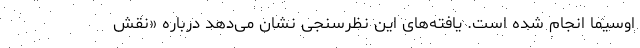
اوسیما انجام شده است. یافته‌های این نظرسنجی نشان می‌دهد درباره «نقش